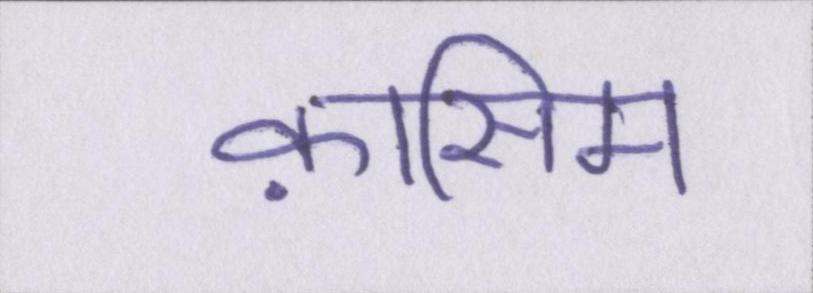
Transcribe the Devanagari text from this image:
क़ासिम